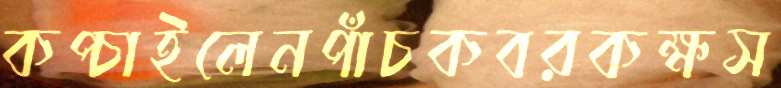
কপ্‌চাইলেনপাঁচকবরকক্ষস